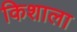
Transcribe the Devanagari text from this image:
किशाला